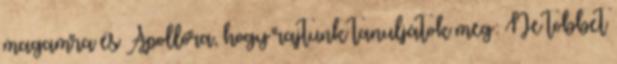
magamra és Apollóra, hogy rajtunk tanuljátok meg: Ne többet